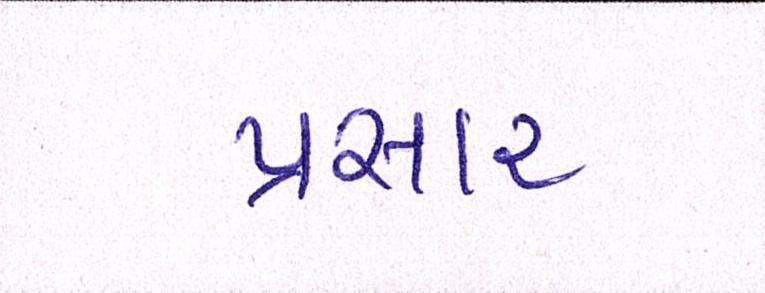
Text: પ્રસાર